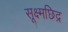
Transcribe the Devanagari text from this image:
सूक्ष्मछिद्र